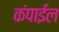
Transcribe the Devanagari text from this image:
कंपाईल